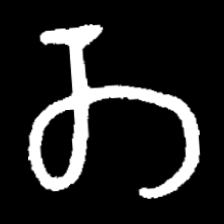
Pyu character \u2014 Myanmar letter: တ (romanized: ta)